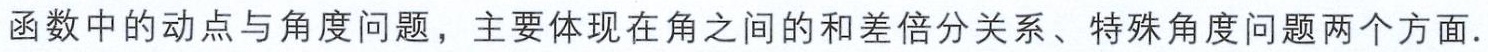
函数中的动点与角度问题，主要体现在角之间的和差倍分关系、特殊角度问题两个方面.